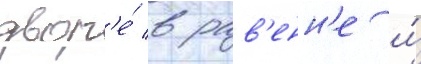
двор'е́ в рав'енн'е и́